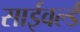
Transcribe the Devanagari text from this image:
साईवर्ल्ड